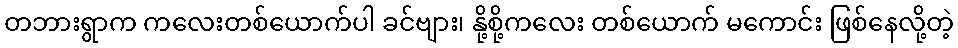
တဘားရွာက ကလေးတစ်ယောက်ပါ ခင်ဗျား၊ နို့စို့ကလေး တစ်ယောက် မကောင်း ဖြစ်နေလို့တဲ့